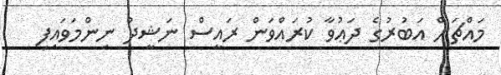
މައްޗަށް އަބުރުގެ ދަޢުވާ ކުރައްވަން ރައީސް ނަޝީދު ނިންމަވައިފި